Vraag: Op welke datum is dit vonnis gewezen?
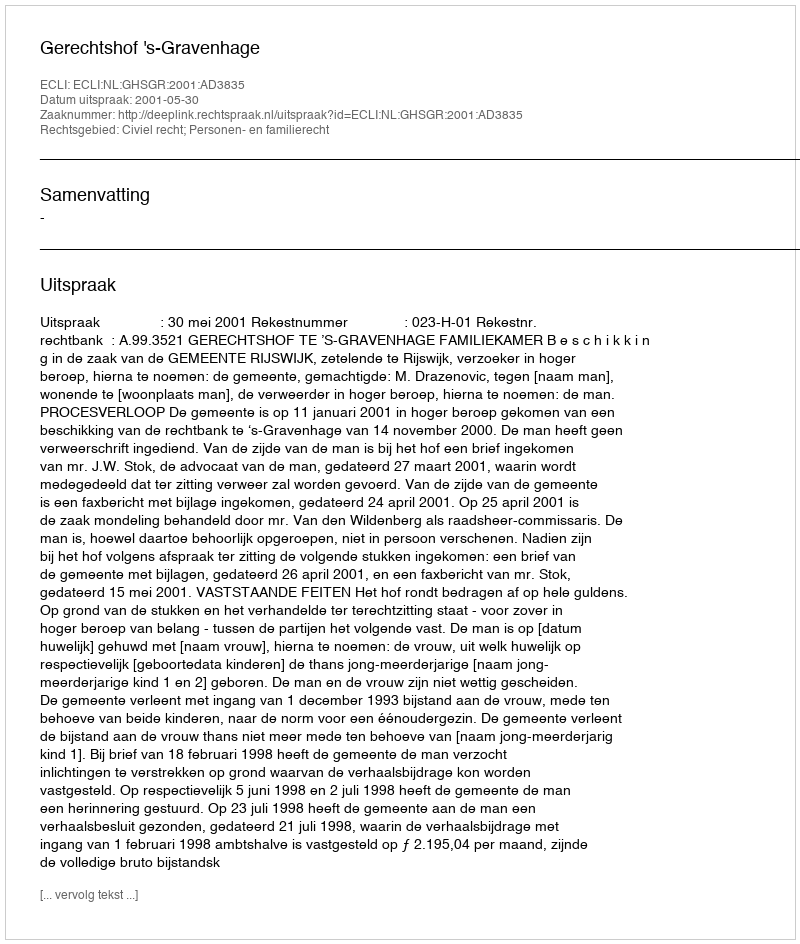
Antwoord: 2001-05-30